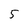
Character: 5